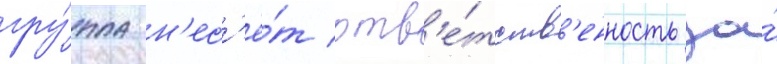
гру́ппа н'ес'ё́т отв'е́тств'енность за́